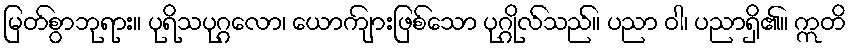
မြတ်စွာဘုရား။ ပုရိသပုဂ္ဂလော၊ ယောကျ်ားဖြစ်သော ပုဂ္ဂိုလ်သည်။ ပညာ ဝါ၊ ပညာရှိ၏။ ဣတိ